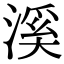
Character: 溪